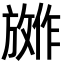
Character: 𪯕